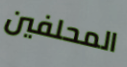
المحلفين